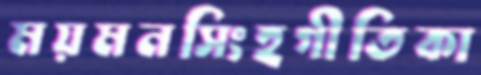
ময়মনসিংহগীতিকা